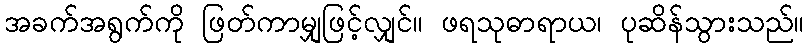
အခက်အရွက်ကို ဖြတ်ကာမျှဖြင့်လျှင်။ ဖရသုဓာရာယ၊ ပုဆိန်သွားသည်။